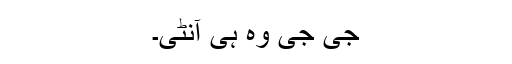
جی جی وہ ہی آنٹی۔